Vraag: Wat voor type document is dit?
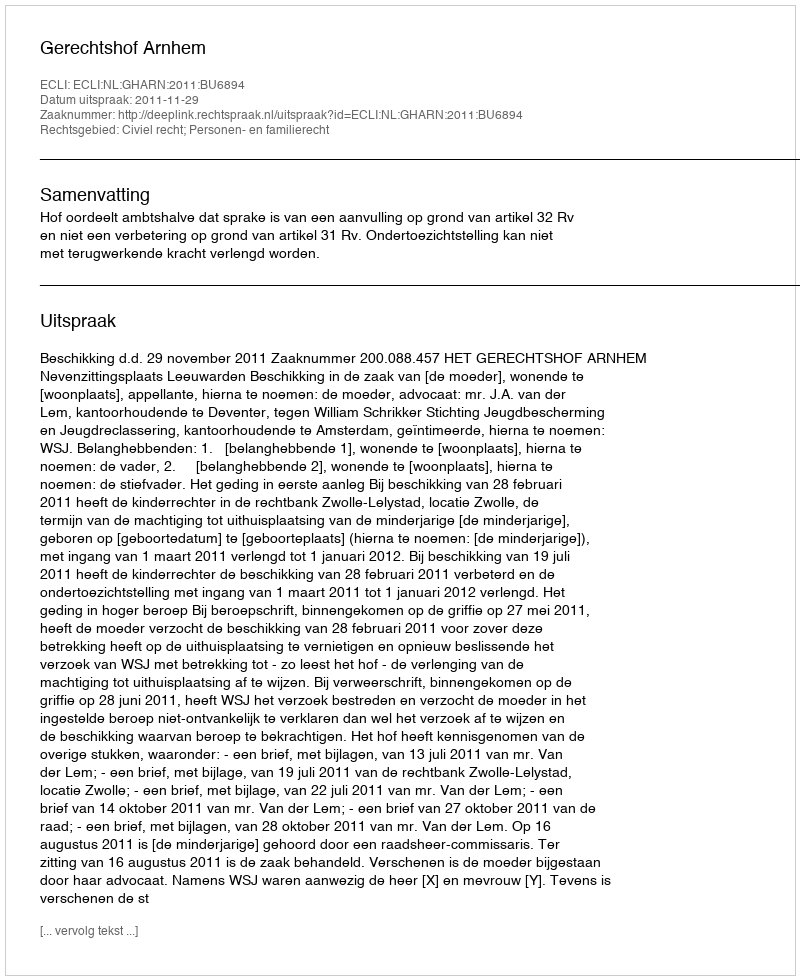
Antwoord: Uitspraak